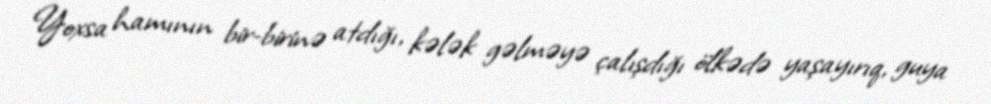
Yoxsa hamının bir-birinə atdığı, kələk gəlməyə çalışdığı ölkədə yaşayırıq, guya